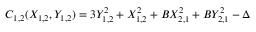
C _ { 1 , 2 } ( X _ { 1 , 2 } , Y _ { 1 , 2 } ) = 3 Y _ { 1 , 2 } ^ { 2 } + X _ { 1 , 2 } ^ { 2 } + B X _ { 2 , 1 } ^ { 2 } + B Y _ { 2 , 1 } ^ { 2 } - \Delta